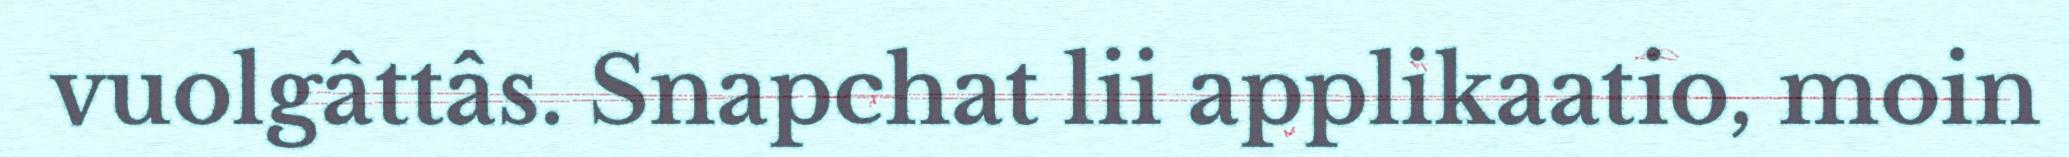
vuolgâttâs. Snapchat lii applikaatio, moin